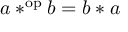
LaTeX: a * ^ { \mathrm { o p } } b = b * a